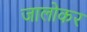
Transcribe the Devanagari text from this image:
जालोकर